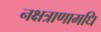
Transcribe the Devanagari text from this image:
नक्षत्राणामधि